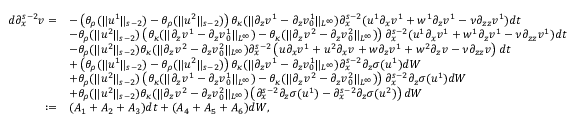
\begin{array} { r l } { d \partial _ { x } ^ { s - 2 } v = } & { - \left( \theta _ { \rho } ( \| u ^ { 1 } \| _ { s - 2 } ) - \theta _ { \rho } ( \| u ^ { 2 } \| _ { s - 2 } ) \right) \theta _ { \kappa } ( \| \partial _ { z } v ^ { 1 } - \partial _ { z } v _ { 0 } ^ { 1 } \| _ { L ^ { \infty } } ) \partial _ { x } ^ { s - 2 } ( u ^ { 1 } \partial _ { x } v ^ { 1 } + w ^ { 1 } \partial _ { z } v ^ { 1 } - \nu \partial _ { z z } v ^ { 1 } ) d t } \\ & { - \theta _ { \rho } ( \| u ^ { 2 } \| _ { s - 2 } ) \left( \theta _ { \kappa } ( \| \partial _ { z } v ^ { 1 } - \partial _ { z } v _ { 0 } ^ { 1 } \| _ { L ^ { \infty } } ) - \theta _ { \kappa } ( \| \partial _ { z } v ^ { 2 } - \partial _ { z } v _ { 0 } ^ { 2 } \| _ { L ^ { \infty } } ) \right) \partial _ { x } ^ { s - 2 } ( u ^ { 1 } \partial _ { x } v ^ { 1 } + w ^ { 1 } \partial _ { z } v ^ { 1 } - \nu \partial _ { z z } v ^ { 1 } ) d t } \\ & { - \theta _ { \rho } ( \| u ^ { 2 } \| _ { s - 2 } ) \theta _ { \kappa } ( \| \partial _ { z } v ^ { 2 } - \partial _ { z } v _ { 0 } ^ { 2 } \| _ { L ^ { \infty } } ) \partial _ { x } ^ { s - 2 } \left( u \partial _ { x } v ^ { 1 } + u ^ { 2 } \partial _ { x } v + w \partial _ { z } v ^ { 1 } + w ^ { 2 } \partial _ { z } v - \nu \partial _ { z z } v \right) d t } \\ & { + \left( \theta _ { \rho } ( \| u ^ { 1 } \| _ { s - 2 } ) - \theta _ { \rho } ( \| u ^ { 2 } \| _ { s - 2 } ) \right) \theta _ { \kappa } ( \| \partial _ { z } v ^ { 1 } - \partial _ { z } v _ { 0 } ^ { 1 } \| _ { L ^ { \infty } } ) \partial _ { x } ^ { s - 2 } \partial _ { z } \sigma ( u ^ { 1 } ) d W } \\ & { + \theta _ { \rho } ( \| u ^ { 2 } \| _ { s - 2 } ) \left( \theta _ { \kappa } ( \| \partial _ { z } v ^ { 1 } - \partial _ { z } v _ { 0 } ^ { 1 } \| _ { L ^ { \infty } } ) - \theta _ { \kappa } ( \| \partial _ { z } v ^ { 2 } - \partial _ { z } v _ { 0 } ^ { 2 } \| _ { L ^ { \infty } } ) \right) \partial _ { x } ^ { s - 2 } \partial _ { z } \sigma ( u ^ { 1 } ) d W } \\ & { + \theta _ { \rho } ( \| u ^ { 2 } \| _ { s - 2 } ) \theta _ { \kappa } ( \| \partial _ { z } v ^ { 2 } - \partial _ { z } v _ { 0 } ^ { 2 } \| _ { L ^ { \infty } } ) \left( \partial _ { x } ^ { s - 2 } \partial _ { z } \sigma ( u ^ { 1 } ) - \partial _ { x } ^ { s - 2 } \partial _ { z } \sigma ( u ^ { 2 } ) \right) d W } \\ { : = } & { ( A _ { 1 } + A _ { 2 } + A _ { 3 } ) d t + ( A _ { 4 } + A _ { 5 } + A _ { 6 } ) d W , } \end{array}